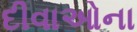
દીવાઓના